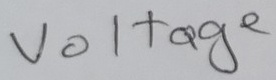
Text: Voltage